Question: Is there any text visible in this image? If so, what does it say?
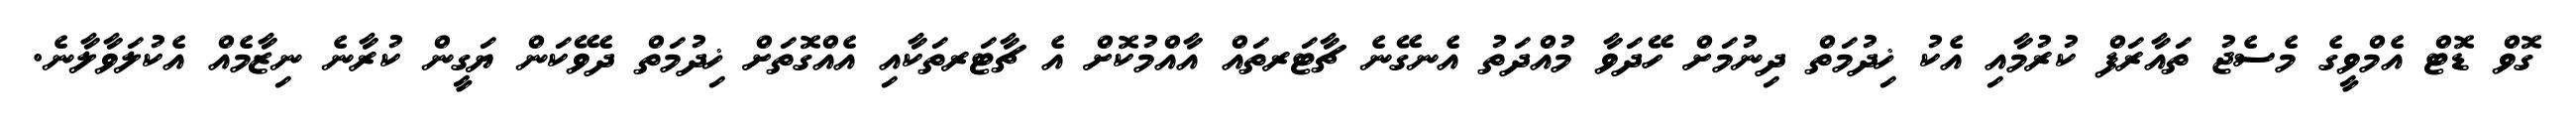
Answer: ގޮވް ޑޮޓް އެމްވީގެ މެސެޖު ތައާރަފް ކުރުމާއި އެކު ޚިދުމަތް ދިނުމަށް ހޭދަވާ މުއްދަތު އެނގޭނެ ޗާޓަރތައް އާއްމުކޮށް އެ ޗާޓަރތަކާއި އެއްގޮތަށް ޚިދުމަތް ދެވޭކަން ޔަގީން ކުރާނެ ނިޒާމެއް އެކުލަވާލާނެ.